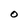
Character: O